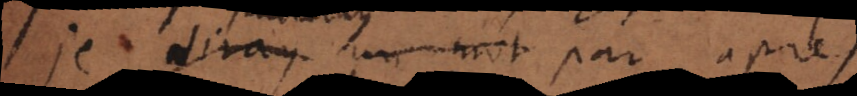
je diray un mot par après.